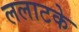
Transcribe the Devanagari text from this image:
ललाटके